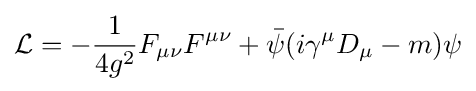
{\mathcal {L}}=-{\frac {1}{4g^{2}}}F_{\mu \nu }F^{\mu \nu }+{\bar {\psi }}(i\gamma ^{\mu }D_{\mu }-m)\psi